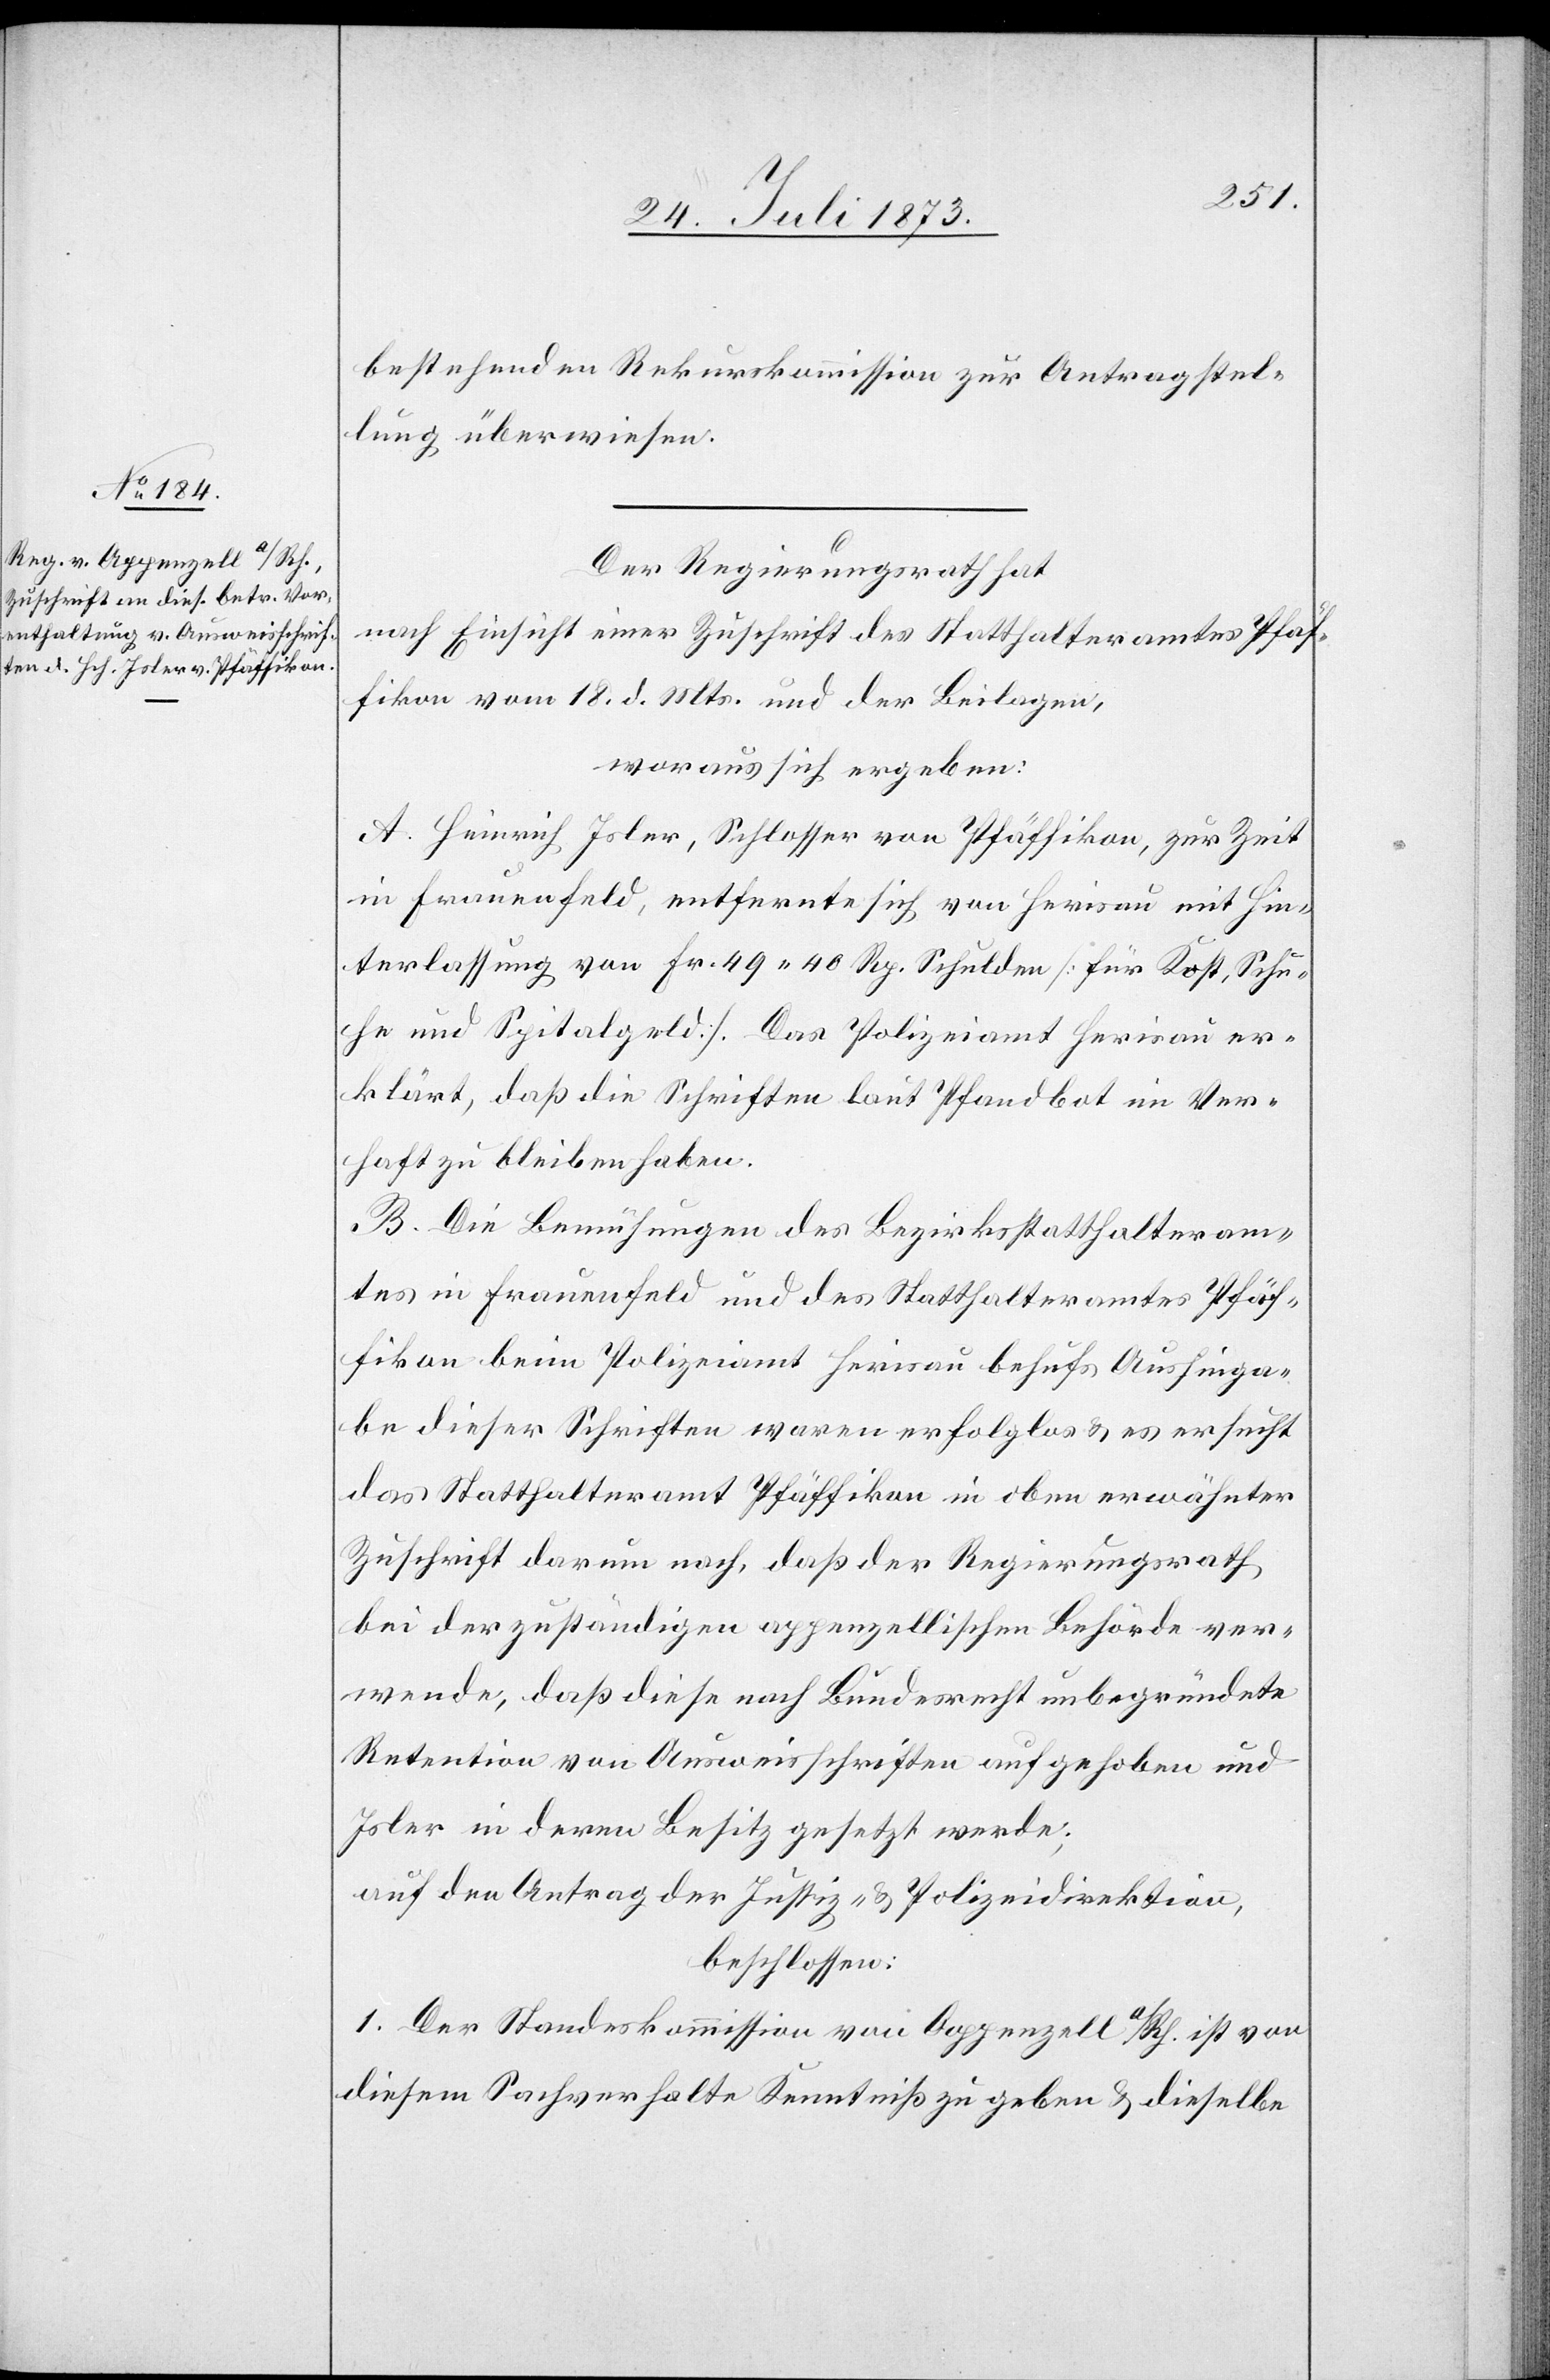
bestehenden Rekurskommission zur Antragstel¬
lung überwiesen.
Der Regierungsrath hat
nach Einsicht einer Zuschrift des Statthalteramtes Pfäf¬
fikon vom 18. d. Mts. und der Beilagen,
woraus sich ergeben:
A. Heinrich Isler, Schlosser von Pfäffikon, zur Zeit
in Frauenfeld, entfernte sich von Herisau mit Hin¬
terlassung von Fr. 49 40 Rp. Schulden [für Kost, Schu¬
he und Spitalgeld]. Das Polizeiamt Herisau er¬
klärt, daß die Schriften laut Pfandbot im Ver¬
haft zu bleiben haben.
B. Die Bemühungen des Bezirksstatthalteram¬
tes in Frauenfeld und des Statthalteramtes Pfäf¬
fikon beim Polizeiamt Herisau behufs Aushinga¬
be dieser Schriften waren erfolglos & es ersucht
das Statthalteramt Pfäffikon in oben erwähnter
Zuschrift darum nach, daß der Regierungsrath
bei der zuständigen appenzellischen Behörde ver¬
wende, daß diese nach Bundesrecht unbegründete
Retention von Ausweisschriften aufgehoben und
Isler in deren Besitz gesetzt werde;
auf den Antrag der Justiz- & Polizeidirektion,
beschlossen:
1. Der Standeskommission von Appenzell a/Rh. ist von
diesem Sachverhalte Kenntniß zu geben & dieselbe